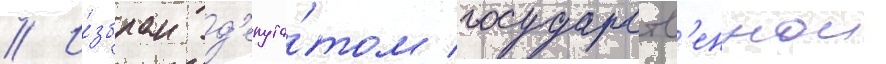
// И́збран д'епута́том государств'еннои